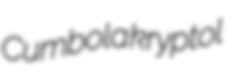
Cumbola kryptol